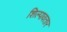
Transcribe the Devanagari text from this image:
शिल्पावतार